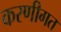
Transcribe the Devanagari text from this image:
करणीगत